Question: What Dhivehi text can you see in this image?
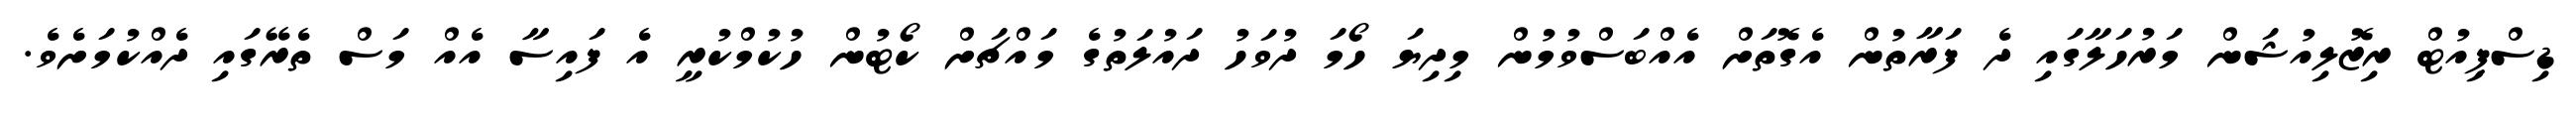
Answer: ޑިސްޕިއުޓް ރިޒޮލިއުޝަން މަރުހަލާގައި ދެ ފަރާތުން އެގޮތަށް އެއްބަސްވުމުން މިދިޔަ ހޯމަ ދުވަހު ދައުލަތުގެ މައްޗަށް ކޯޓުން ހުކުމްކުރީ އެ ފައިސާ އެއް މަސް ތެރޭގައި ދެއްކުމަށެވެ.